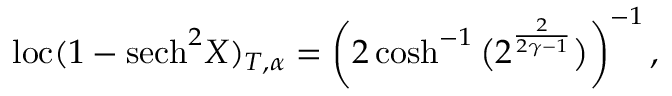
\mathrm { l o c } ( 1 - \mathrm { s e c h } ^ { 2 } X ) _ { T , \alpha } = \left( 2 \cosh ^ { - 1 } \big ( 2 ^ { \frac { 2 } { 2 \gamma - 1 } } \big ) \right) ^ { - 1 } ,